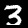
Digit: 3